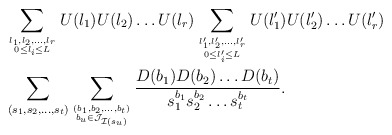
\begin{align*}&\sum_{l_1,l_2,\dots, l_r \atop {0 \leq l_i \leq L}}U(l_1)U(l_2)\dots U(l_r) \sum_{l_1',l_2',\dots, l_r' \atop {0 \leq l_i' \leq L}}U(l_1')U(l_2')\dots U(l_r')\\&\sum_{(s_1,s_2,\dots ,s_{t})}\sum_{(b_1,b_2,\dots,b_{t}) \atop {b_u \in \mathcal J_{\mathcal I(s_u)}}}\frac{D(b_1)D(b_2)\dots D(b_{t})}{s_1^{b_1}s_2^{b_2}\dots s_{t}^{b_{t}}}.\end{align*}